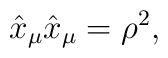
\hat{x}_{\mu}\hat{x}_{\mu}=\rho^{2},